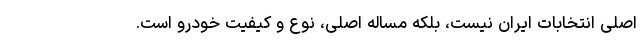
اصلی انتخابات ایران نیست، بلکه مساله اصلی، نوع و کیفیت خودرو است.